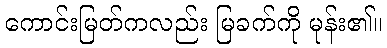
ကောင်းမြတ်ကလည်း မြခက်ကို မုန်း၏။